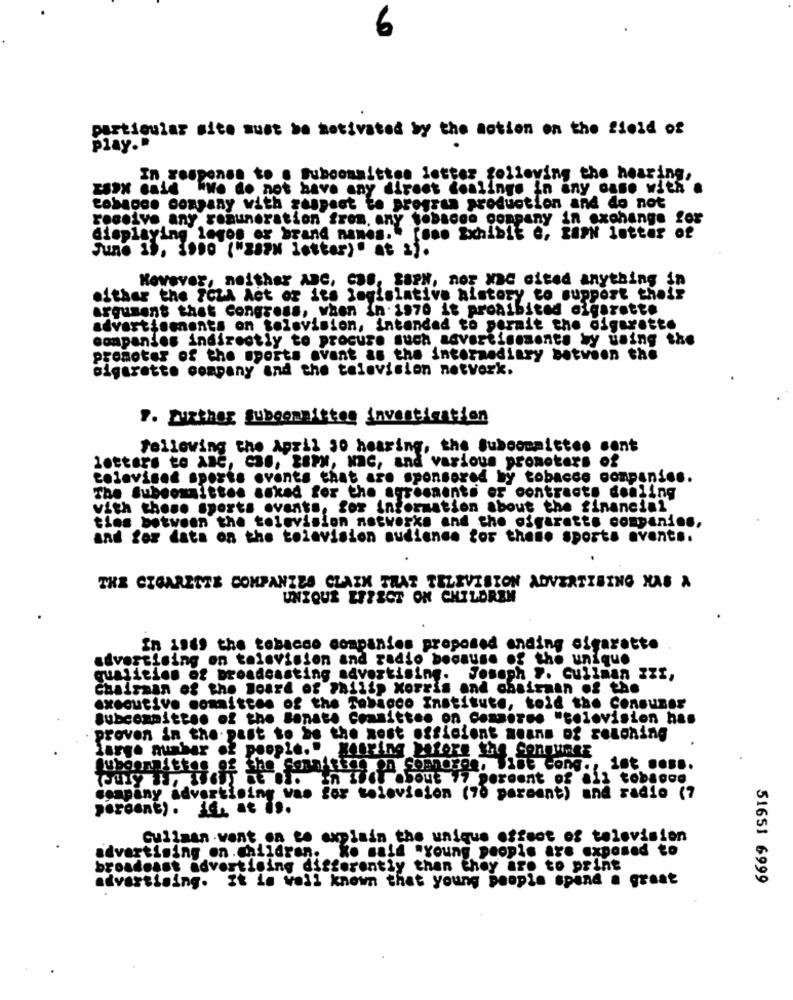
6
particular site must be motivated by the action on the field of
play."
In response to . Subcommittes letter following the hearing,
ESPN said "We do not have any direct dealings in any case with
tobacco company with respect to program production and do not
receive any remuneration from. any tobacco company in exchange for
displaying leges or brand names." [oso Exhibit e, ESPN letter of
June 19, 1990 ("ZAHN lotter)" at ").
However, neither ABC, CBS, LaPN, nor Mac cited anything in
either the SCLA Act of its legislative history to support their
argument that Congress, when in 1970 it prohibited olgarette
advertisements on television, intended to permit the digurette
companies indirectly to procure such advertisements by using the
promoter of the sports avant as the intermediary Between the
cigarette company and the television notvork.
following the April 30 hearing, the Subcommittee sont
letters to ABC, CBS, ESPN, NRC, and various promoters of
televised sports events that are sponsored by tobacco companies.
The Subcommittee asked for the agreements er contracts dealing
with these Sports events, for information about the financial
ties bot
between the television networks and the cigaretts companies,
and for data on the television audience for theno sports events.
THE CIGARETTE COMPANIES CLAIM THAT TELEVISION ADVERTISING HAS A
UNIQUE EFFECT ON CHILDREN
In 1969 the tobacco companies proposed ending cigarette
advertising on television and radio because of the unique
qualities of broadcasting advertising.
Joseph 7. Cullman ZZI,
Chairman of the Board of Philip Morris and chairman of the
executive committee of the Tobacco Institute, told the Consumer
Subcommittee of the Senate Committee on Commeres "solovision has
proven in the past to be the most efficient means of reaching
large number of people." Kesring before the Sonnunes
in IFey about 17 percent of all tobagge
Company advertising vao for television (70 paraant) and radio (7
percent). i4. at .s.
Cullman .went on to explain the unique effect of television
advertising on.children. ko said "Young people are exposed to
broadcast advertising differently than they are to print
advertising. It is well known that young people spend a great
51651 6999